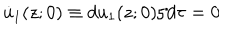
LaTeX: \dot { u } _ { 1 } ( z ; 0 ) \equiv d u _ { 1 } ( z ; 0 ) / d \tau = 0